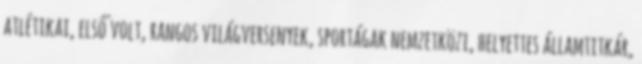
atlétikai, első volt, rangos világversenyek, sportágak nemzetközi, helyettes államtitkár,